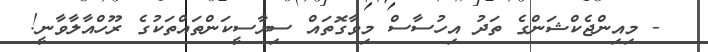
- މިއިންޖެކްޝަންގެ ތަދު އިހުސާސް މިވާގޮތައް ސިޔާސީކަންތައްތަކުގެ ރޫހްއާލާވާނީ!